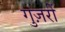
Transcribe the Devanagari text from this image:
गुज़रीं